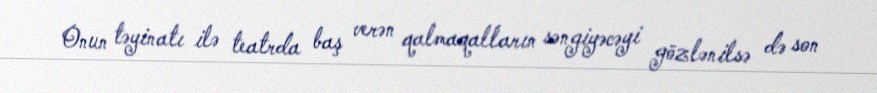
Onun təyinatı ilə teatrda baş verən qalmaqalların səngiyəcəyi gözlənilsə də son